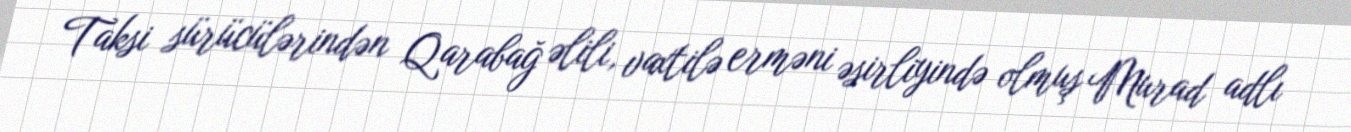
Taksi sürücülərindən Qarabağ əlili, vaxtilə erməni əsirliyində olmuş Murad adlı